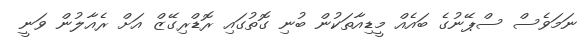
ނަމަވެސް ސްޕޭނުގެ ބައެއް މީޑިއާތަކުން ބުނި ގޮތުގައި ރޮޑްރިގޭޒް އަށް ރެއާލުން ވަނީ